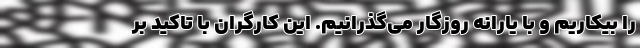
را بیکاریم و با یارانه روزگار می‌گذرانیم. این کارگران با تاکید بر